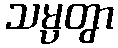
သမ္ပတွာ